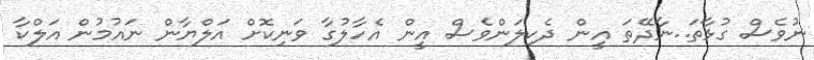
ނުވެސް ގުޅާތަ..ނާދޭތަ އީން ދެކިލަންވެސް އީން އެހާލުގާ ވަނިކޮށް އަލްޔާން ނައުމުން އަލްކާ